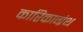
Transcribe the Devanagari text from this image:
कारिकाग्रंथ